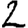
Digit: 2